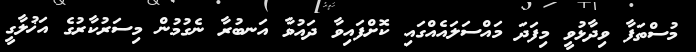
މުސްތަފާ ވިދާޅުވީ މިފަދަ މައްސަލައެއްގައި ކޮށްފައިވާ ދައުވާ އަނބުރާ ނެގުމުން މިސަރުކާރުގެ އަޚުލާގީ